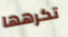
تكرهها